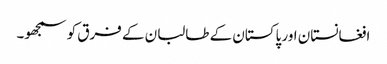
افغانستان اور پاکستان کے طالبان کے فرق کو سمجھو۔